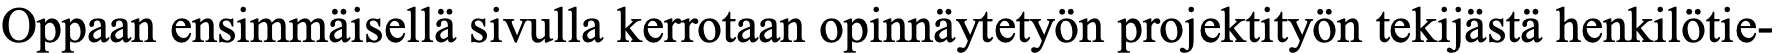
Oppaan ensimmäisellä sivulla kerrotaan opinnäytetyön projektityön tekijästä henkilötie-